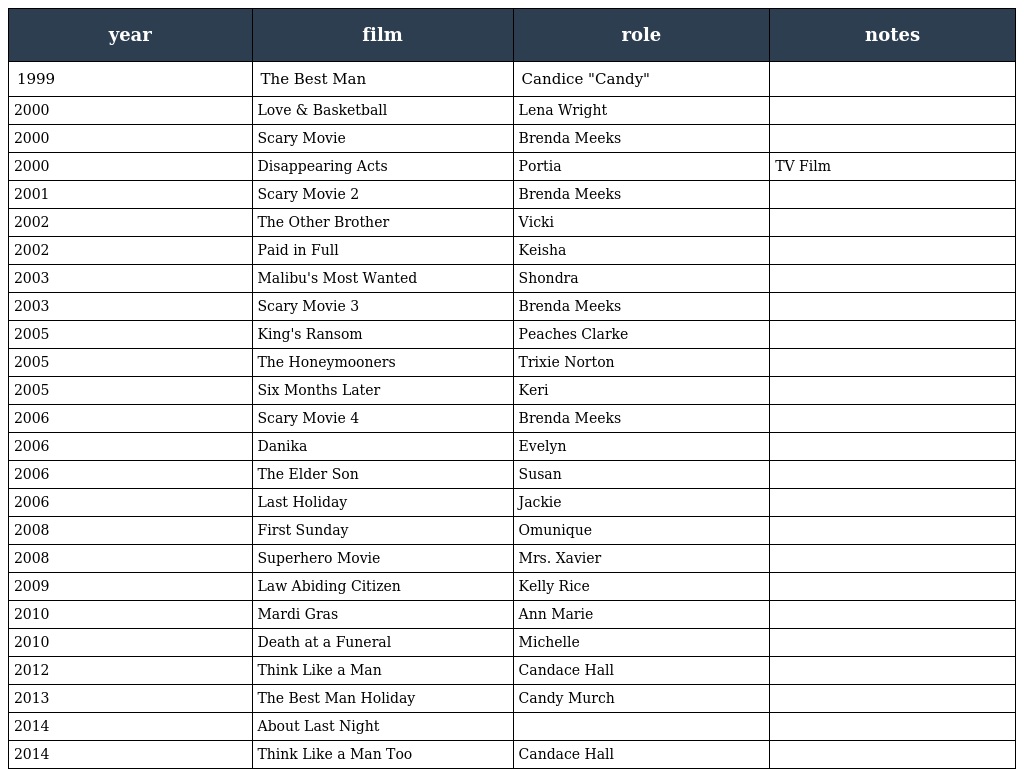
| year | film | role | notes |
 | --- | --- | --- | --- |
 | 1999 | The Best Man | Candice "Candy" |  |
 | 2000 | Love & Basketball | Lena Wright |  |
 | 2000 | Scary Movie | Brenda Meeks |  |
 | 2000 | Disappearing Acts | Portia | TV Film |
 | 2001 | Scary Movie 2 | Brenda Meeks |  |
 | 2002 | The Other Brother | Vicki |  |
 | 2002 | Paid in Full | Keisha |  |
 | 2003 | Malibu's Most Wanted | Shondra |  |
 | 2003 | Scary Movie 3 | Brenda Meeks |  |
 | 2005 | King's Ransom | Peaches Clarke |  |
 | 2005 | The Honeymooners | Trixie Norton |  |
 | 2005 | Six Months Later | Keri |  |
 | 2006 | Scary Movie 4 | Brenda Meeks |  |
 | 2006 | Danika | Evelyn |  |
 | 2006 | The Elder Son | Susan |  |
 | 2006 | Last Holiday | Jackie |  |
 | 2008 | First Sunday | Omunique |  |
 | 2008 | Superhero Movie | Mrs. Xavier |  |
 | 2009 | Law Abiding Citizen | Kelly Rice |  |
 | 2010 | Mardi Gras | Ann Marie |  |
 | 2010 | Death at a Funeral | Michelle |  |
 | 2012 | Think Like a Man | Candace Hall |  |
 | 2013 | The Best Man Holiday | Candy Murch |  |
 | 2014 | About Last Night |  |  |
 | 2014 | Think Like a Man Too | Candace Hall |  |